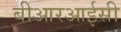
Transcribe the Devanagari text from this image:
बीआरआईसी